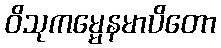
ဝိသုကမ္မေနမာပိတော